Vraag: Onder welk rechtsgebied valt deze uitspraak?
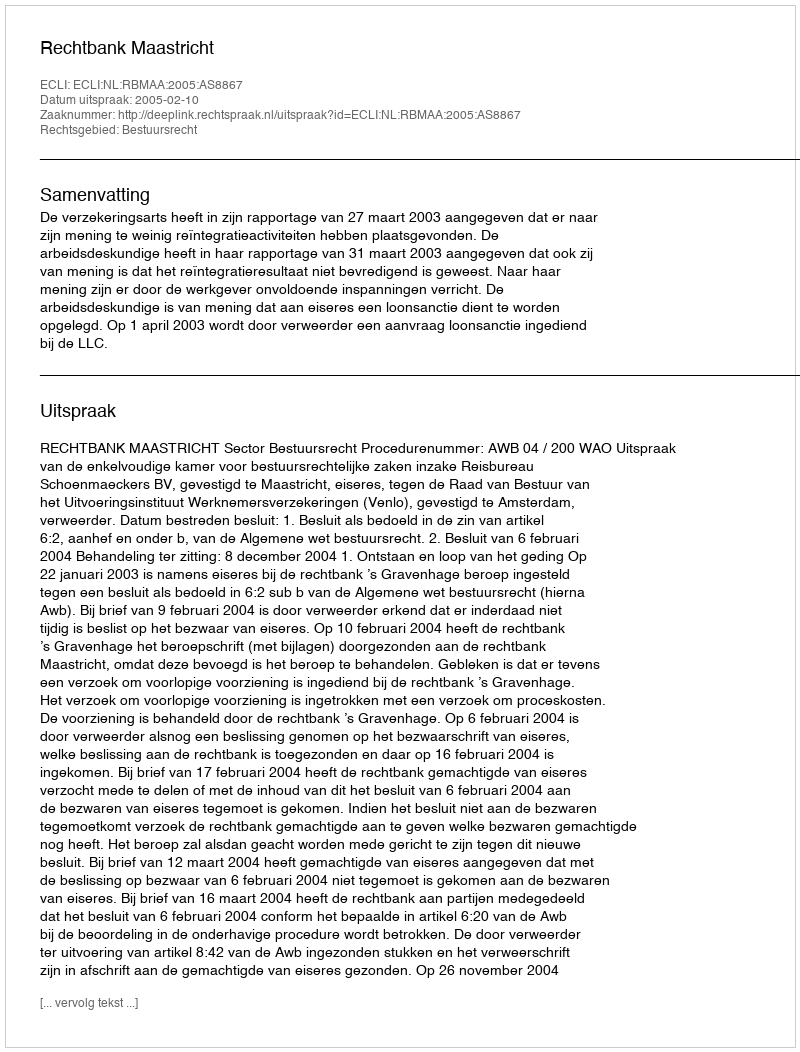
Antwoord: Bestuursrecht